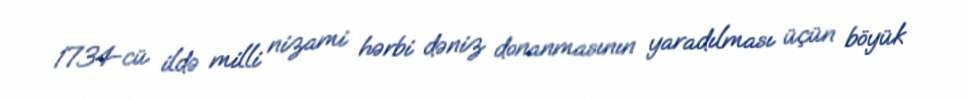
1734-cü ildə milli nizami hərbi dəniz donanmasının yaradılması üçün böyük